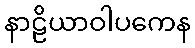
နာဠိယာဝါပကေန